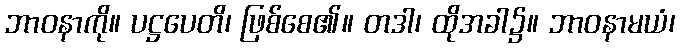
ဘာဝနာကို။ ပဋ္ဌပေတိ၊ ဖြစ်စေ၏။ တဒါ၊ ထိုအခါ၌။ ဘာဝနာမယံ၊